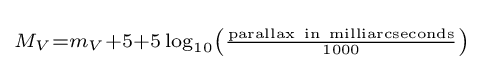
\scriptstyle M_{V}=m_{V}+5+5\log _{10}\left({\frac {\mathrm {parallax\ in\ milliarcseconds} }{1000}}\right)